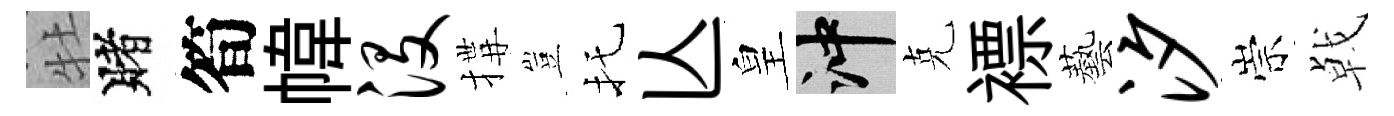
牡賭筍幃没搆豈托亾皇冲克褾藝汐崇㦸